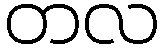
တလ